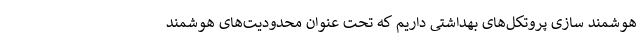
هوشمند سازی پروتکل‌های بهداشتی داریم که تحت عنوان محدودیت‌های هوشمند